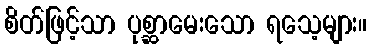
စိတ်ဖြင့်သာ ပုစ္ဆာမေးသော ရသေ့များ။